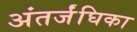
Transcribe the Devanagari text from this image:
अंतर्जंघिका